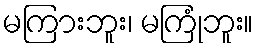
မကြားဘူး၊ မကြုံဘူး။